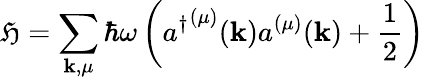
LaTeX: \mathfrak{H}=\sum_{\mathbf{{k}},\mu}\hbar\omega\left({a^{\dagger}}^{(\mu)}(\mathbf{{k}})a^{(\mu)}(\mathbf{{k}})+{\frac{{1}}{{2}}}\right)